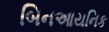
બિનઆયનિક